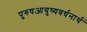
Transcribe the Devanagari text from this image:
पुरुषआयुष्यवर्धनार्थ